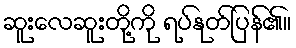
ဆူးလေဆူးတို့ကို ရပ်နုတ်ပြန်၏။